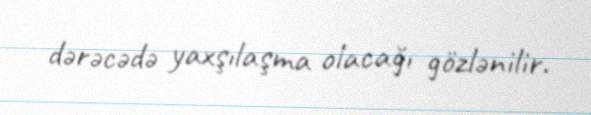
dərəcədə yaxşılaşma olacağı gözlənilir.